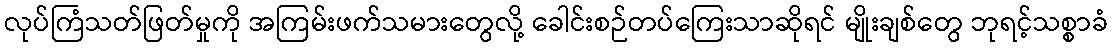
လုပ်ကြံသတ်ဖြတ်မှုကို အကြမ်းဖက်သမားတွေလို့ ခေါင်းစဉ်တပ်ကြေးသာဆိုရင် မျိုးချစ်တွေ ဘုရင့်သစ္စာခံ